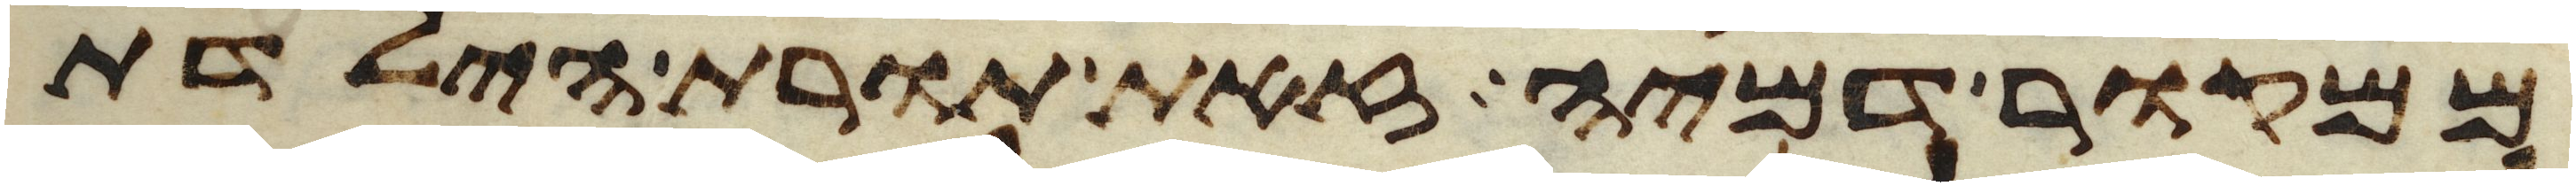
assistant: ממקור דמיה זאת תורת הילדת